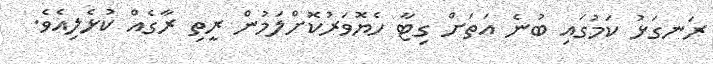
ރަނގަޅު ކަމުގައި ބުނެ އަތަށް ގިޓާ ހެޔޮވަރުކޮށްލަމުން ރީތި ރާގެއް ކުޅެލިއެވެ.